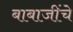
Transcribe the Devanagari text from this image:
बाबाजींचे